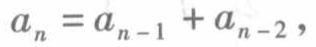
\(a_{n}=a_{n - 1}+a_{n - 2}\)